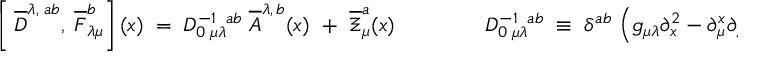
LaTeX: \left[ \frac { } { } \overline { { { D } } } ^ { \lambda , \; a b } , \; \overline { { { F } } } _ { \lambda \mu } ^ { b } \right] ( x ) \; = \; { \cal D } _ { 0 \; \mu \lambda } ^ { - 1 \; \; a b } \; \overline { { { A } } } ^ { \lambda , \, b } ( x ) \; \; + \; \; \overline { { { \Xi } } } _ { \mu } ^ { a } ( x ) \; \; \; \; \; \; \; \; \; \; \; \; \; \; \; { \cal D } _ { 0 \; \mu \lambda } ^ { - 1 \; \; a b } \; \equiv \; \delta ^ { a b } \, \left( g _ { \mu \lambda } \partial _ { x } ^ { 2 } - \partial _ { \mu } ^ { x } \partial _ { \lambda } ^ { x } - n _ { \mu } n _ { \lambda } \right) \; ,